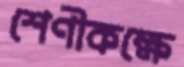
শেণীকক্ষে